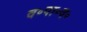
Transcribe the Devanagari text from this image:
व॰पा॰व॰